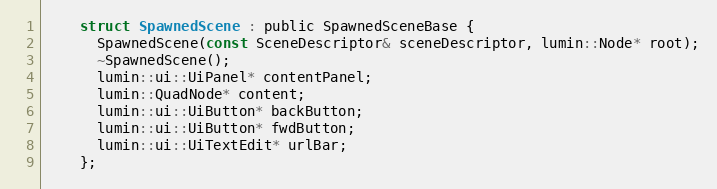
Language: C
    struct SpawnedScene : public SpawnedSceneBase {
      SpawnedScene(const SceneDescriptor& sceneDescriptor, lumin::Node* root);
      ~SpawnedScene();
      lumin::ui::UiPanel* contentPanel;
      lumin::QuadNode* content;
      lumin::ui::UiButton* backButton;
      lumin::ui::UiButton* fwdButton;
      lumin::ui::UiTextEdit* urlBar;
    };